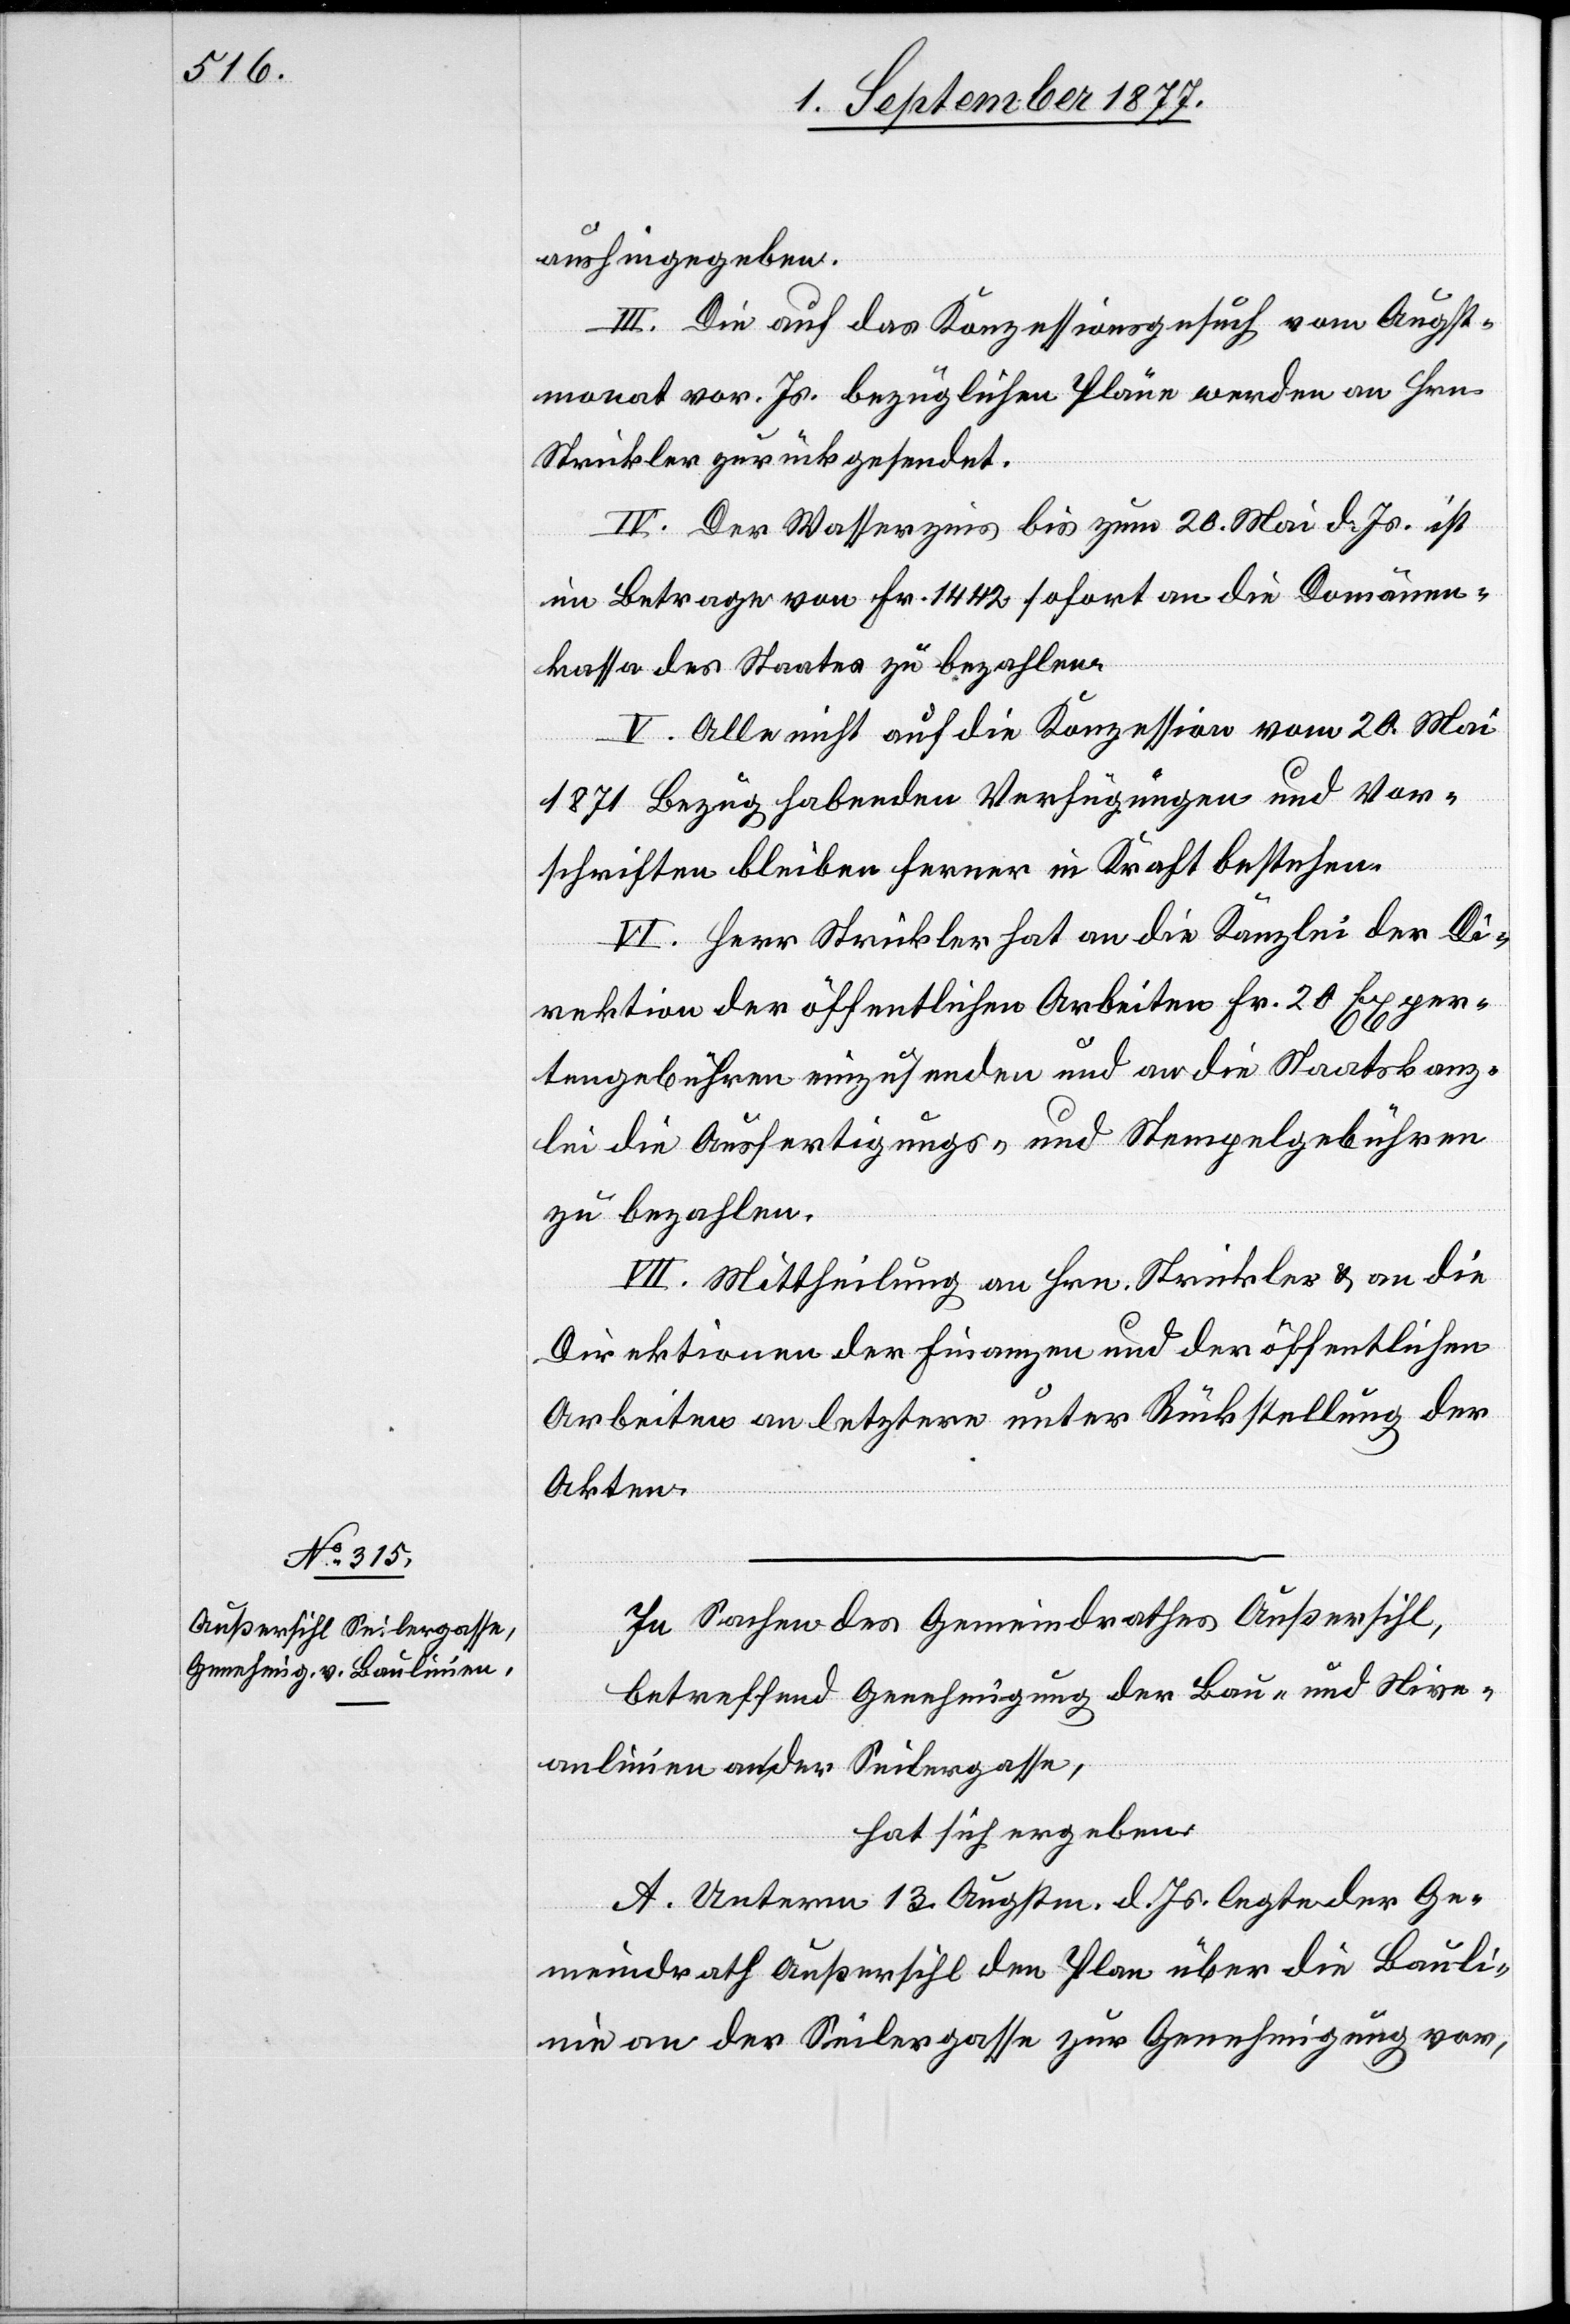
aushingegeben.
III. Die auf das Konzessionsgesuch vom Augst¬
monat vor. Js. bezüglichen Pläne werden an Hrn.
Strickler zurückgesendet.
IV. Der Wasserzins bis zum 20. Mai d. Js. ist
im Betrage von Fr. 1442 sofort an die Domänen¬
kassa des Staates zu bezahlen.
V. Alle nicht auf die Konzession vom 20. Mai
1871 Bezug habenden Verfügungen und Vor¬
schriften bleiben ferner in Kraft bestehen.
VI. Herr Strickler hat an die Kanzlei der Di¬
rektion der öffentlichen Arbeiten Fr. 20 Exper¬
tengebühren einzusenden und an die Staatskanz¬
lei die Ausfertigungs- und Stempelgebühren
zu bezahlen.
VII. Mittheilung an Hrn. Strickler & an die
Direktionen der Finanzen und der öffentlichen
Arbeiten an letztere unter Rückstellung der
Akten.
In Sachen des Gemeindrathes Außersihl,
betreffend Genehmigung der Bau- und Nive¬
aulinien an der Seilergasse,
hat sich ergeben:
A. Unterm 13. Augstm. d. Js. legte der Ge¬
meindrath Außersihl den Plan über die Bauli¬
nie an der Seilergasse zur Genehmigung vor,